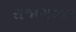
રાજાગઝલ